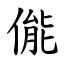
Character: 㑷